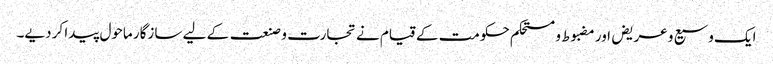
ایک وسیع و عریض اور مضبوط و مستحکم حکومت کے قیام نے تجارت و صنعت کے لیے سازگار ماحول پیدا کر دیے۔